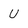
Character: u